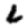
Digit: 6